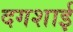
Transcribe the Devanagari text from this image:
दगशाई